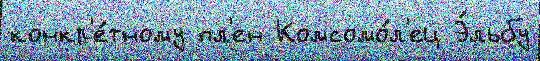
конкр'е́тному пл'ен Комсомо́л'ец Э́льбу